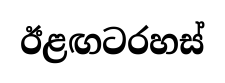
ඊළඟටරහස්